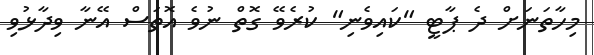
މިހާތަނަށް ދެ ޕާޓީ "ކައިވެނި" ކުރެވޭ ގޮތް ނުވެ އޮތަސް އޭނާ ވިދާޅުވި